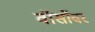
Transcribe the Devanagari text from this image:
वॉर्सोवर